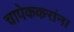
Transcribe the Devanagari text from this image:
चापेककरांना